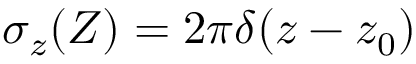
\sigma _ { z } ( Z ) = 2 \pi \delta ( z - z _ { 0 } )